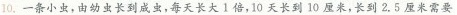
10.一条小虫，由幼虫长到成虫，每天长大Ⅰ倍，10天长到10厘米，长到2.5厘米需要